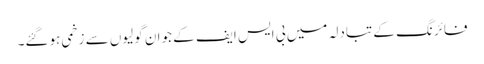
فائرنگ کے تبادلہ میں بی ایس ایف کے جوان گولیوں سے زخمی ہوگئے۔